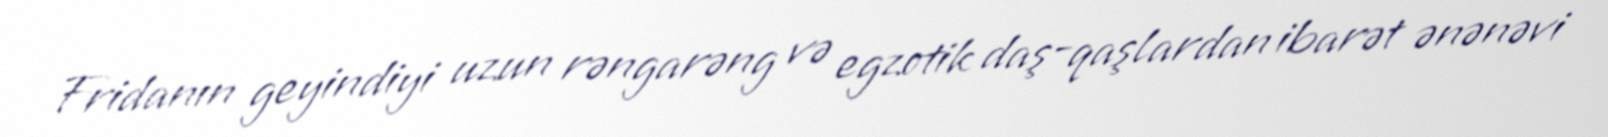
Fridanın geyindiyi uzun rəngarəng və egzotik daş-qaşlardan ibarət ənənəvi